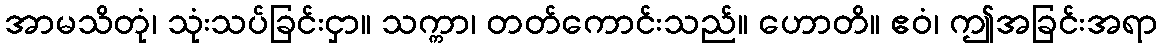
အာမသိတုံ၊ သုံးသပ်ခြင်းငှာ။ သက္ကာ၊ တတ်ကောင်းသည်။ ဟောတိ။ ဧဝံ၊ ဤအခြင်းအရာ